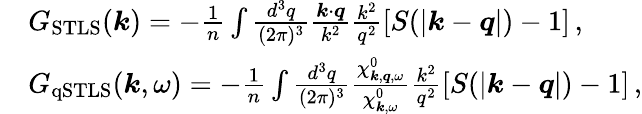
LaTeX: \begin{array}{rl}&{G_{\mathrm{STLS}}(\boldsymbol{k})=-\frac{1}{n}\int\frac{d^{3}q}{(2\pi)^{3}}\frac{\boldsymbol{k}\cdot\boldsymbol{q}}{k^{2}}\frac{k^{2}}{q^{2}}[S(|\boldsymbol{k}-\boldsymbol{q}|)-1]\, ,}\\ &{G_{\mathrm{qSTLS}}(\boldsymbol{k},\omega)=-\frac{1}{n}\int\frac{d^{3}q}{(2\pi)^{3}}\frac{\chi_{\boldsymbol{k},\boldsymbol{q},\omega}^{0}}{\chi_{\boldsymbol{k},\omega}^{0}}\frac{k^{2}}{q^{2}}[S(|\boldsymbol{k}-\boldsymbol{q}|)-1]\, ,}\end{array}